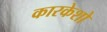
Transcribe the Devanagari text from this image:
कारकेशो